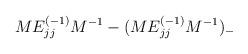
LaTeX: \begin{align*}M E^{(-1)}_{jj} M^{-1} - ( M E^{(-1)}_{jj} M^{-1} )_{-}\end{align*}